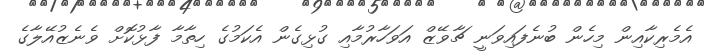
އެމެރިކާއިން މިހެން ބުނެފައިވަނީ ޗާވޭޒް އަވަހާރުމާއި ގުޅިގެން އެކަމުގެ ހިތާމާ ފާޅުކޮށް ވެނެޒުއޭލާގެ